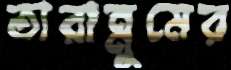
তারান্নুমের